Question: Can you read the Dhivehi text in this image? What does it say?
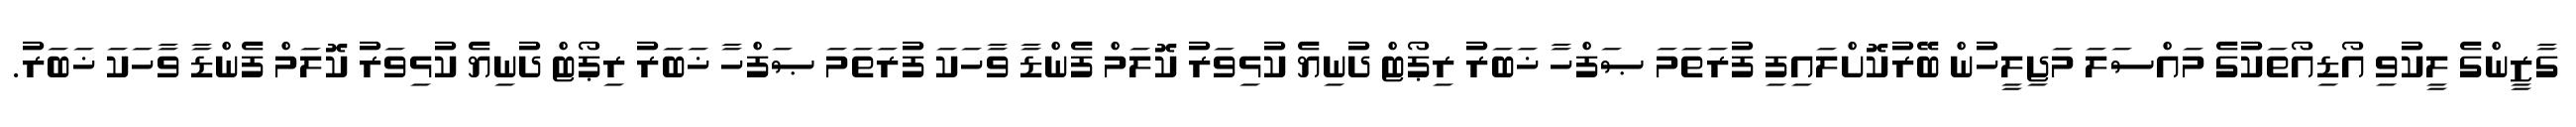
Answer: ގާޒީންގެ ލީކުވި އޯޑިއޯތަކުގެ މައްސަލަ މަޖިލީހުން ބޭރުކޮށްލައިފި ފުރަތަމަ ޞަފްހާ ޚަބަރު ރިޕޯޓް ދުނިޔެ ކުޅިވަރު ކޮލަމް ފެންޑާ ވާހަކަ ފުރަތަމަ ޞަފްހާ ޚަބަރު ރިޕޯޓް ދުނިޔެ ކުޅިވަރު ކޮލަމް ފެންޑާ ވާހަކަ ޚަބަރު.